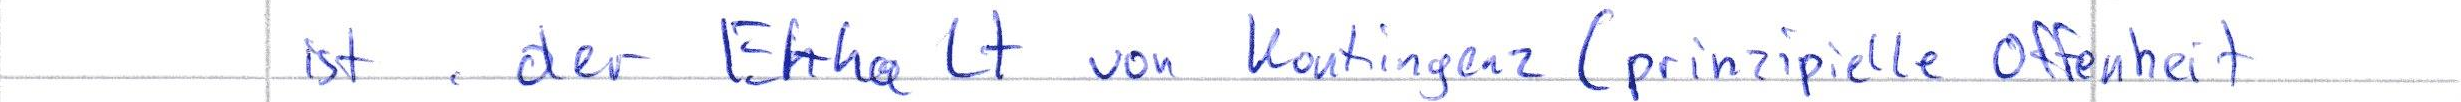
ist der Erhalt von Kontingenz (prinzipielle Offenheit